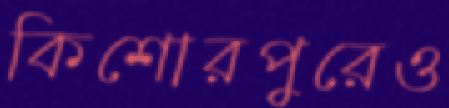
কিশোরপুরেও